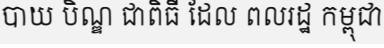
បាយ បិណ្ឌ ជាពិធី ដែល ពលរដ្ឋ កម្ពុជា